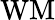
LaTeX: \mathrm{WM}